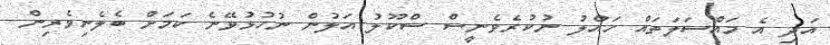
އަދި އެ މައްސަލަތައް ހައްލު ނުކުރެވެނީސް ސްކޫލު އަލުން ނުހުޅުވޭނެ ކަމަށް ބެލެނިވެރިން